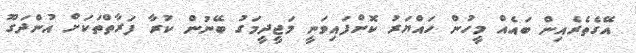
އޭގެތެރެއިން ބައެއް މީހުން ހައްޔަރު ކޮށްފައިވަނީ މަޖީދީމަގު ބޭނުން ކުރާ ފަރާތްތަކަށް އުންދަގޫ